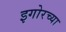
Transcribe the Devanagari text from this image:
इगोरच्या